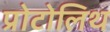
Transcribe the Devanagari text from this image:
प्रोटोलिथ